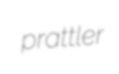
prattler